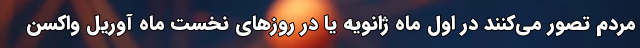
مردم تصور می‌کنند در اول ماه ژانویه یا در روز‌های نخست ماه آوریل واکسن